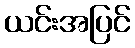
ယင်းအပြင်